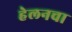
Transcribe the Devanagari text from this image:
हेलनचा